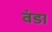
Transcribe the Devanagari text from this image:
वंडा